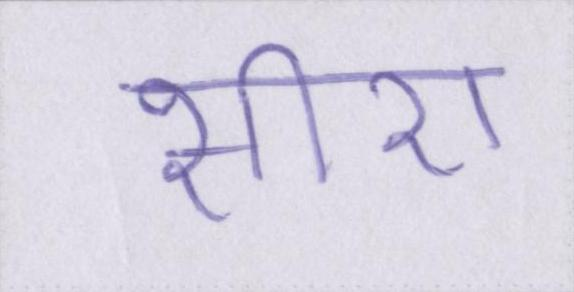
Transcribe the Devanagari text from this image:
सीरा